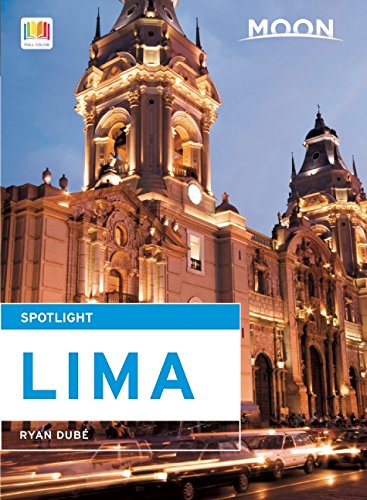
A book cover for Moon Spotlight Lima; Ryan DubÃ©; Travel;